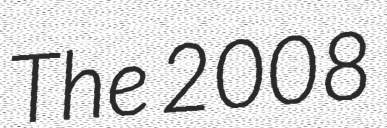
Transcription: The 2008